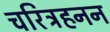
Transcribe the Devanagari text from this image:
चरित्रहनन